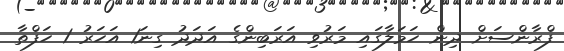
ފްރާންސަށް ދިން ހަމަލާގައި މަރުވި އަރަބިންގެ އަދަދު ގިނަ1 އަހަރު 1 ހަފްތާ